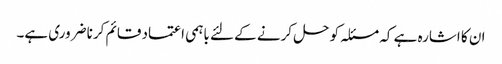
ان کا اشارہ ہے کہ مسئلہ کو حل کرنے کے لئے باہمی اعتماد قائم کرنا ضروری ہے۔